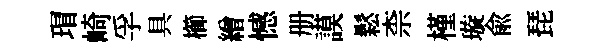
瑁崎孚具櫛繒憾册謨鬆柰槿璇俞琵